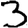
Digit: 3